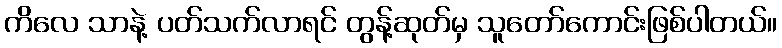
ကိလေ သာနဲ့ ပတ်သက်လာရင် တွန့်ဆုတ်မှ သူတော်ကောင်းဖြစ်ပါတယ်။